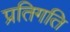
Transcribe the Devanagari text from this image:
प्रतिगति